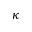
\kappa